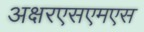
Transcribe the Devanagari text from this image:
अक्षरएसएमएस